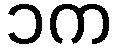
၁က